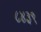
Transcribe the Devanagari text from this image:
८४३९